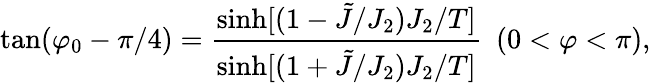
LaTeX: \tan(\varphi_{0}-\pi/4)={\frac{\sinh[(1-\tilde{J}/J_{2})J_{2}/T]}{\sinh[(1+\tilde{J}/J_{2})J_{2}/T]}}\ \ (0<\varphi<\pi),